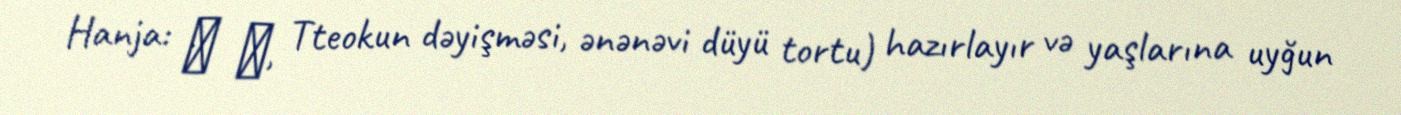
Hanja: 松 편, Tteokun dəyişməsi, ənənəvi düyü tortu) hazırlayır və yaşlarına uyğun